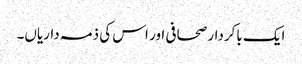
ایک باکردار صحافی اور اس کی ذمہ داریاں۔